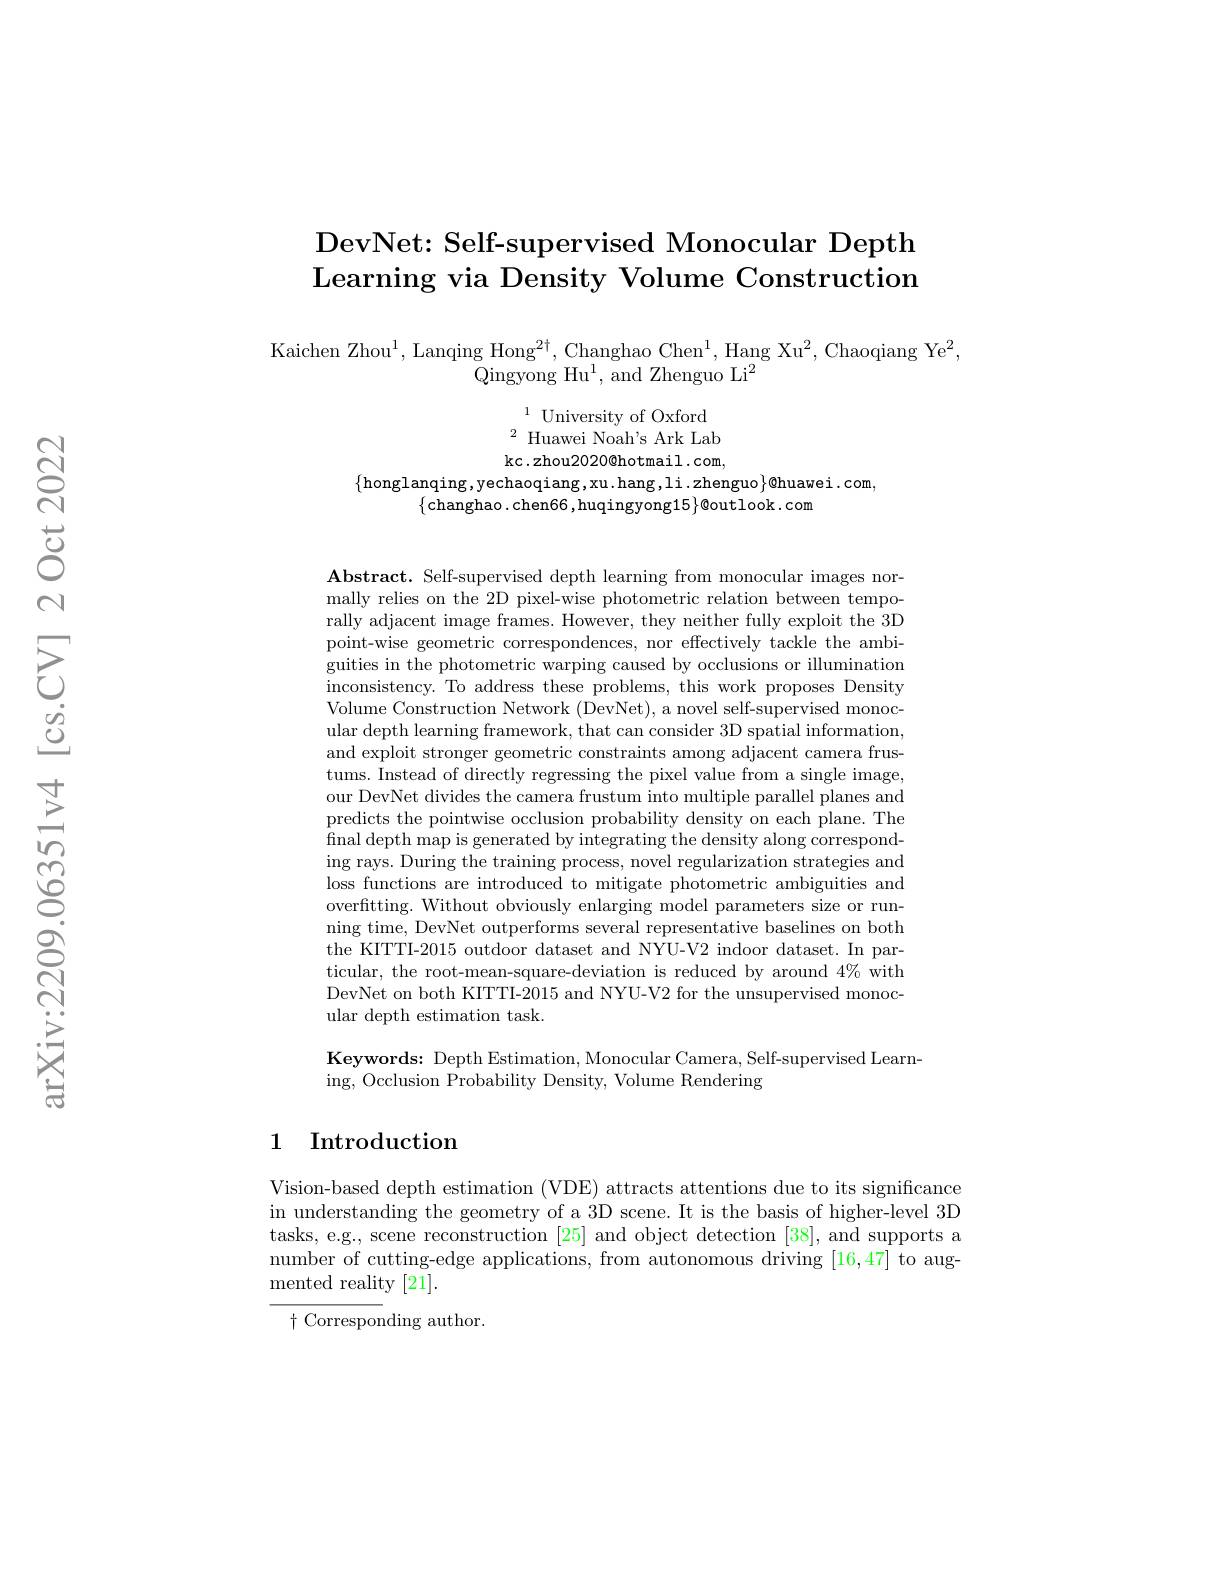
# DevNet: Self- supervised Monocular Depth Learning via Density Volume Construction

Kaichen Zhou$^1$,Lanqing Hong$^2\dagger$, Changhao Chen$^1$, Hang Xu$^2$, Chaoqiang Ye$^2$,
$\bar{\mathrm{Qingyong~Hu}^{1}}$,and Zhenguo Li$^2$

$^{1}$ University of Oxford ${}^{\text{Universlty ol Oxlord}}{}$Huawei Noah's Ark Lab kc.zhou2020@hotmail.com,

$\{$honglanqing,yechaoqiang,xu.hang,li.zhenguo$\}$@huawei.com,
$\{$changhao. chen66, huqingyong15}@outlook. com

$\mathbf{Abstract.~Self-supervised~depth~learning~from~monocular~images~nor-1}$ mally relies on the 2D pixel-wise photometric relation between temporally adjacent image frames. However, they neither fully exploit the 3D point-wise geometric correspondences, nor effectively tackle the ambiguities in the photometric warping caused by occlusions or illumination inconsistency. To address these problems, this work proposes Density Volume Construction Network (DevNet), a novel self-supervised monocular depth learning framework, that can consider 3D spatial information, and exploit stronger geometric constraints among adjacent camera frustums. Instead of directly regressing the pixel value from a single image, our DevNet divides the camera frustum into multiple parallel planes and predicts the pointwise occlusion probability density on each plane. The final depth map is generated by integrating the density along corresponding rays. During the training process, novel regularization strategies and loss functions are introduced to mitigate photometric ambiguities and overfitting. Without obviously enlarging model parameters size or running time, DevNet outperforms several representative baselines on both the KITTI-2015 outdoor dataset and NYU-V2 indoor dataset. In particular, the root-mean-square-deviation is reduced by around $4\%$ with DevNet on both KITTI-2015 and NYU-V2 for the unsupervised monocular depth estimation task.

Keywords: Depth Estimation, Monocular Camera, Self-supervised Learn-
ing, Occlusion Probability Density, Volume Rendering

## 1 Introduction

Vision-based depth estimation (VDE) attracts attentions due to its significance in understanding the geometry of a 3D scene. It is the basis of higher-level 3D tasks, e.g., scene reconstruction [25] and object detection [38], and supports a number of cutting-edge applications, from autonomous driving [16,47] to augmented reality [21].

$\dagger$ Corresponding author.